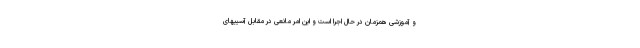
و آموزشی همزمان در حال اجرا است و این امر مانعی در مقابل آسیبهای